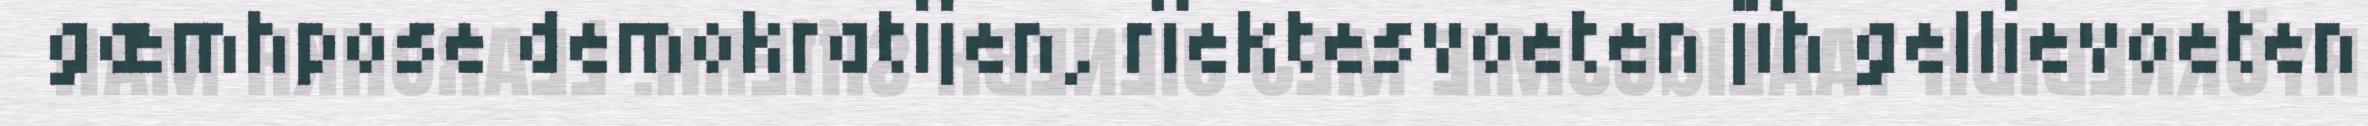
gæmhpose demokratijen, rïektesvoeten jïh gellievoeten